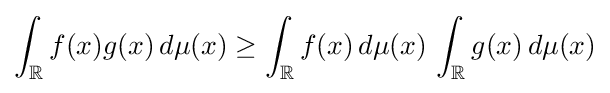
\int _{\mathbb {R} }f(x)g(x)\,d\mu (x)\geq \int _{\mathbb {R} }f(x)\,d\mu (x)\,\int _{\mathbb {R} }g(x)\,d\mu (x)